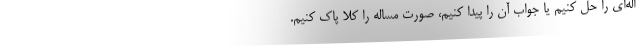
اله‌ای را حل کنیم یا جواب آن را پیدا کنیم، صورت مساله را کلا پاک کنیم.